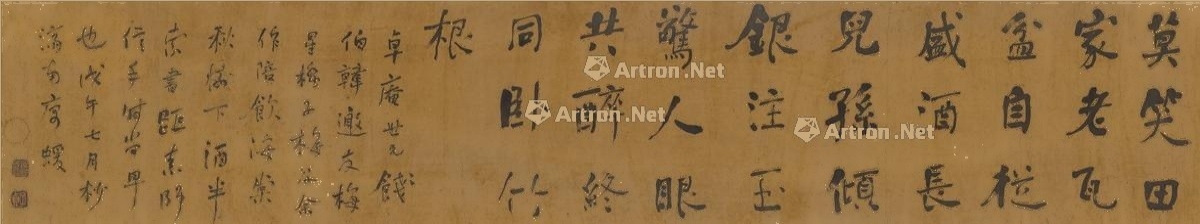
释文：莫笑田家老瓦盆，自从盛酒长儿孙。倾银注玉惊人眼，共醉终同卧竹根。卓庵世兄饯伯韩，邀友梅、星桥、子梅及余作陪，饮海棠秋树下，酒半索书，距素师信手时尚早也。戊午七月杪，济南庽，蝯。